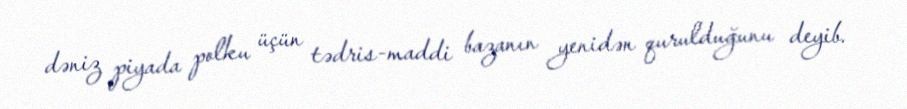
dəniz piyada polku üçün tədris-maddi bazanın yenidən qurulduğunu deyib.